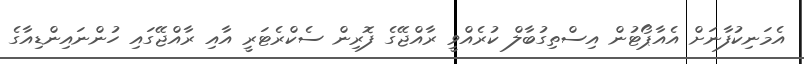
އެމަނިކުފާނަށް އެއާޕޯޓުން އިސްތިގުބާލް ކުރެއްވީ ރާއްޖޭގެ ފޮރިން ސެކްރެޓަރީ އާއި ރާއްޖޭގައި ހުންނައިންޑިއާގެ